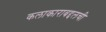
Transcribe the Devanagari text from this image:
कलाकाराबद्दलची